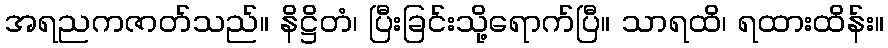
အရညကဇာတ်သည်။ နိဋ္ဌိတံ၊ ပြီးခြင်းသို့ရောက်ပြီ။ သာရထိ၊ ရထားထိန်း။